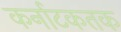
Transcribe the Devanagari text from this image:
कर्नाटकतक